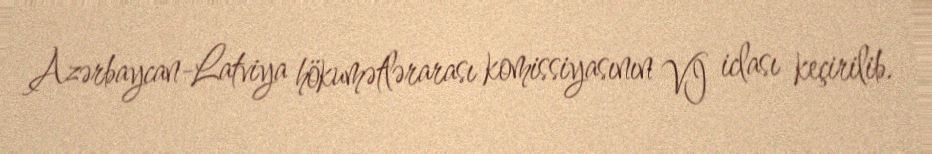
Azərbaycan-Latviya hökumətlərarası komissiyasının VI iclası keçirilib.